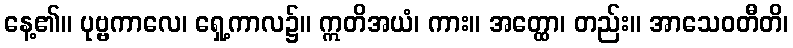
နေ့၏။ ပုဗ္ဗကာလေ၊ ရှေ့ကာလ၌။ ဣတိအယံ၊ ကား။ အတ္ထော၊ တည်း။ အာသေဝတီတိ၊